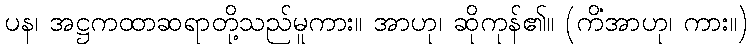
ပန၊ အဋ္ဌကထာဆရာတို့သည်မူကား။ အာဟု၊ ဆိုကုန်၏။ (ကိံအာဟု၊ ကား။)